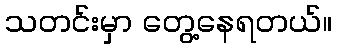
သတင်းမှာ တွေ့နေရတယ်။